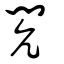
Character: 閌